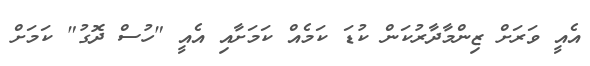
އެއީ ވަރަށް ޒިންމާދާރުކަން ކުޑަ ކަމެއް ކަމަށާއި އެއީ "ހުސް ދޮގު" ކަމަށް